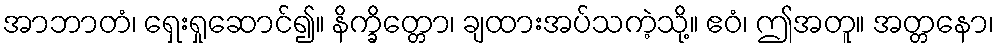
အာဘာတံ၊ ရှေးရှုဆောင်၍။ နိက္ခိတ္တော၊ ချထားအပ်သကဲ့သို့။ ဧဝံ၊ ဤအတူ။ အတ္တနော၊